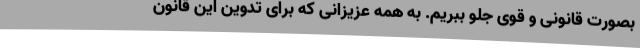
بصورت قانونی و قوی جلو ببریم. به همه عزیزانی که برای تدوین این قانون